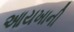
આયખાની